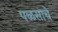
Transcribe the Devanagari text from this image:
पळसाचे